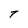
Character: T